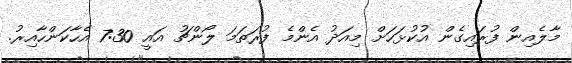
މާލެއިން ފުރައިގެން އުކުޅަހަށް މިއަދު އެންމެ ފުރަތަމަ ލޯންޗު އައީ 7:30 އެހާކަންހާއިރު.